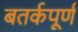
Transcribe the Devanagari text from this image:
बतर्कपूर्ण